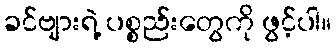
ခင်ဗျားရဲ့ ပစ္စည်းတွေကို ဖွင့်ပါ။